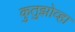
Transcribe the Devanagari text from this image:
कुतुझोव्हा